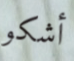
أشكو